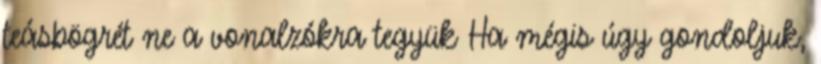
teásbögrét ne a vonalzókra tegyük Ha mégis úgy gondoljuk,